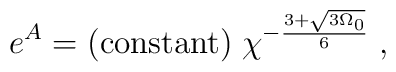
e^A = {\rm (constant)} \; \chi^{- \frac{3 + \sqrt{3 \Omega_0}}{6}} \; ,